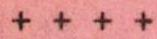
+ + + +